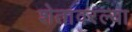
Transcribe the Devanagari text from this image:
शेतावरल्या